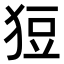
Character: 𤞟